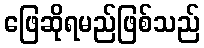
ဖြေဆိုရမည်ဖြစ်သည်